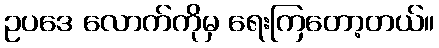
ဥပဒေ လောက်ကိုမှ ရေးကြတော့တယ်။